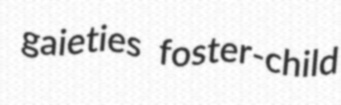
gaieties foster-child